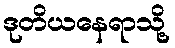
ဒုတိယနေရာသို့